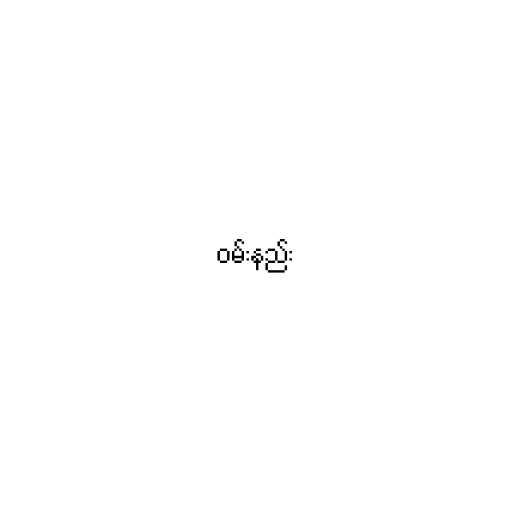
ဝမ်းနည်း